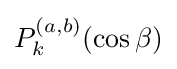
P_{k}^{(a,b)}(\cos \beta )